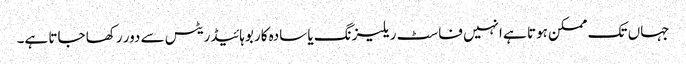
جہاں تک ممکن ہوتا ہے انہیں فاسٹ ریلیزنگ یا سادہ کاربوہائیڈریٹس سے دور رکھا جاتا ہے۔